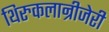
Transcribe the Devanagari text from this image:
थिरुकलान्रीजेरी